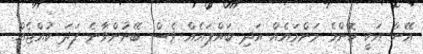
އޭނާ އަކީ ކޮންމެ މަންމައެއް އަދި ބައްޕައެއް ވެސް ބޭނުންވާނެ ފަދަ ކުއްޖެއް.